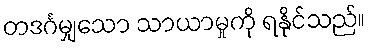
တဒင်္ဂမျှသော သာယာမှုကို ရနိုင်သည်။